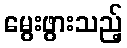
မွေးဖွားသည့်